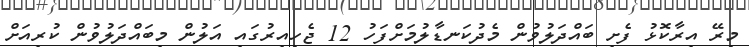
މިރޭ އިރާކޮޅު ފެށި ބައްދަލުވުން މެދުކަނޑާލުމަށްފަހު 12 ޖެހިއިރުގައި އަލުން މިބައްދަލުވުން ކުރިއަށް